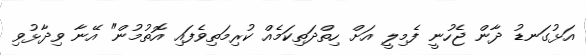
އަޅުގަނޑު ދާން ޖެހުނީ ފެމިލީ އަށް ހިތްދަތިކަމެއް ކުރިމަތިވެފައި އޮތުމުން" އޭނާ ވިދާޅުވި